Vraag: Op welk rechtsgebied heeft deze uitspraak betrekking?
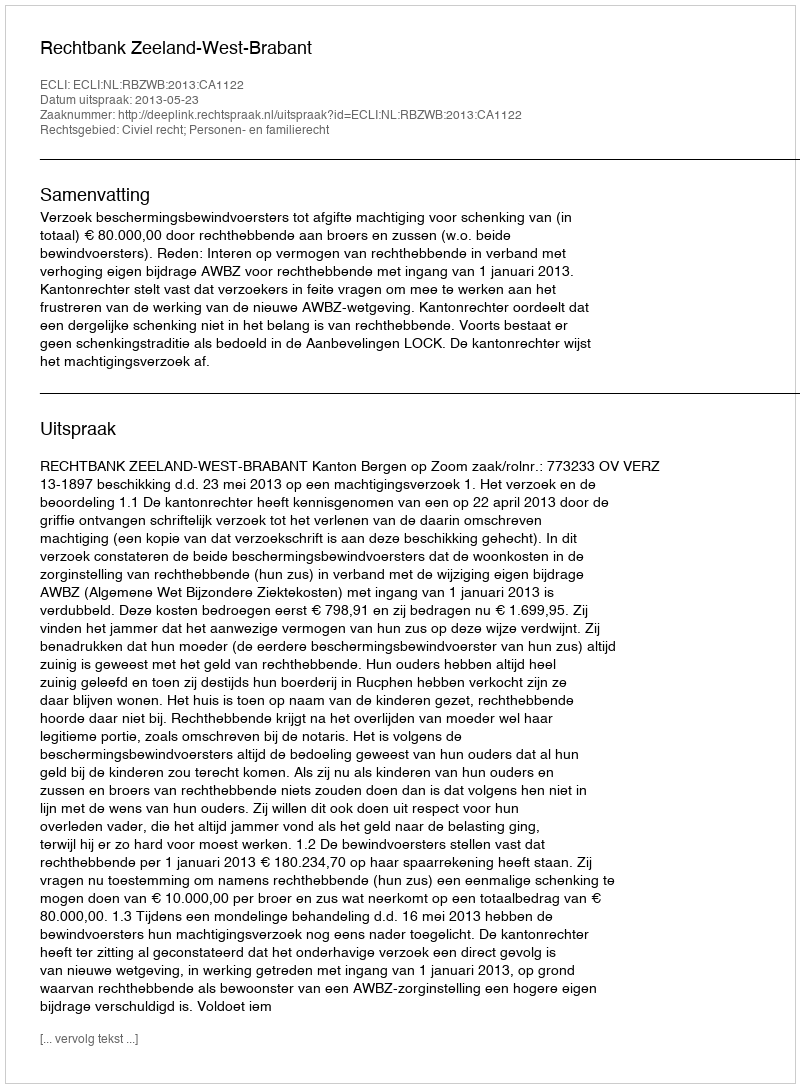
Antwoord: Civiel recht; Personen- en familierecht